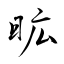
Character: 昿